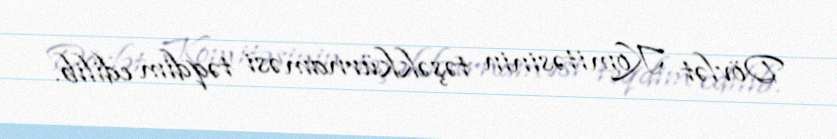
Dövlət Komitəsinin təşəkkürnaməsi təqdim edilib.